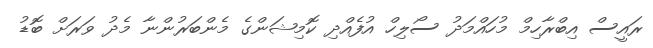
ރައީސް އިބްރާހިމް މުހައްމަދު ސޯލިހް އުފެއްދި ކޮމިޝަންގެ މެންބަރުންނާ މެދު ވަރަށް ބޮޑު